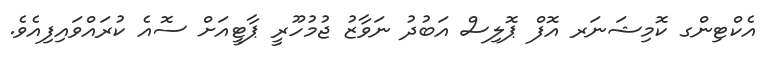
އެކްޓިންގ ކޮމިޝަނަރ އޮފް ޕޮލިސް އަބުދު ނަވާޒު ޖުމުހޫރީ ޕާޓީއަށް ސޮއެ ކުރައްވައިފިއެވެ.